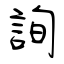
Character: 詢